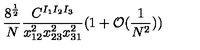
\frac { 8 ^ { \frac { 1 } { 2 } } } { N } \frac { C ^ { I _ { 1 } I _ { 2 } I _ { 3 } } } { x _ { 1 2 } ^ { 2 } x _ { 2 3 } ^ { 2 } x _ { 3 1 } ^ { 2 } } ( 1 + \mathcal { O } ( \frac { 1 } { N ^ { 2 } } ) )